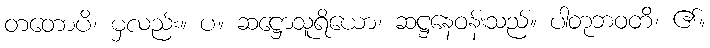
တတောပိ၊ မှလည်း။ ပ။ ဆဋ္ဌောသူရိယော၊ ဆဋ္ဌနေဝန်းသည်။ ပါတုဘဝတိ၊ ၏။